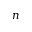
n